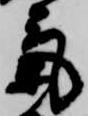
気